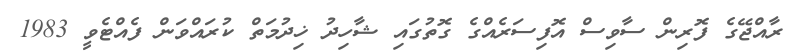
ރާއްޖޭގެ ފޮރިން ސާވިސް އޮފިސަރެއްގެ ގޮތުގައި ޝާހިދު ޚިދުމަތް ކުރައްވަން ފެއްޓެވީ 1983